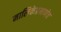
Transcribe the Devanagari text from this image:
मालिकेप्रमाणेच